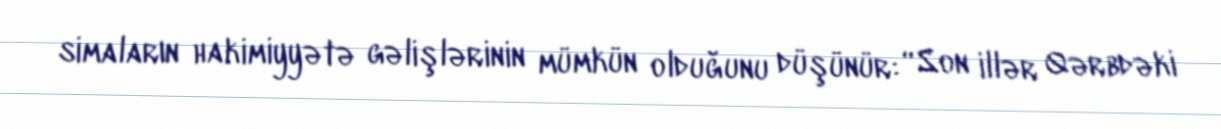
simaların hakimiyyətə gəlişlərinin mümkün olduğunu düşünür: “Son illər Qərbdəki